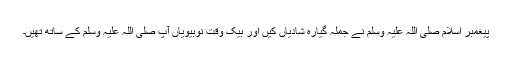
پیغمبر اسلام صلی اللہ علیہ وسلم نے جملہ گیارہ شادیاں کیں اور بیک وقت نوبیویاں آپ صلی اللہ علیہ وسلم کے ساتھ تھیں۔